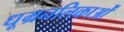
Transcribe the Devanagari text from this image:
धूम्रनलिकाओं